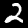
Label: 2